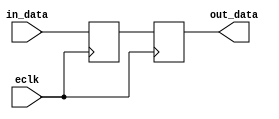
module ECL_Buffer (
  input eclk,
  input [1:0] in_data,
  output reg [1:0] out_data
);

// Differential amplifier for input signal conditioning
reg [1:0] diff_amp_out;
always @ (posedge eclk) begin
  diff_amp_out <= in_data;
end

// Level shifter for voltage conversion
always @ (posedge eclk) begin
  out_data <= diff_amp_out;
end

// Drive circuit for providing robust output signal
// (Drive circuit implementation goes here)

endmodule